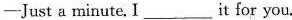
—Just a minute.I___it for you.